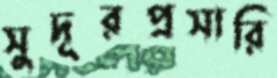
সুদূরপ্রসারি